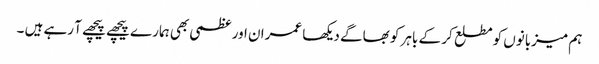
ہم میزبانوں کو مطلع کر کے باہر کو بھاگے دیکھا عمران اور عظمی بھی ہمارے پیچھے پیچھے آ رہے ہیں ۔